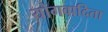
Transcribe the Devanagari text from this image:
योगवादिता